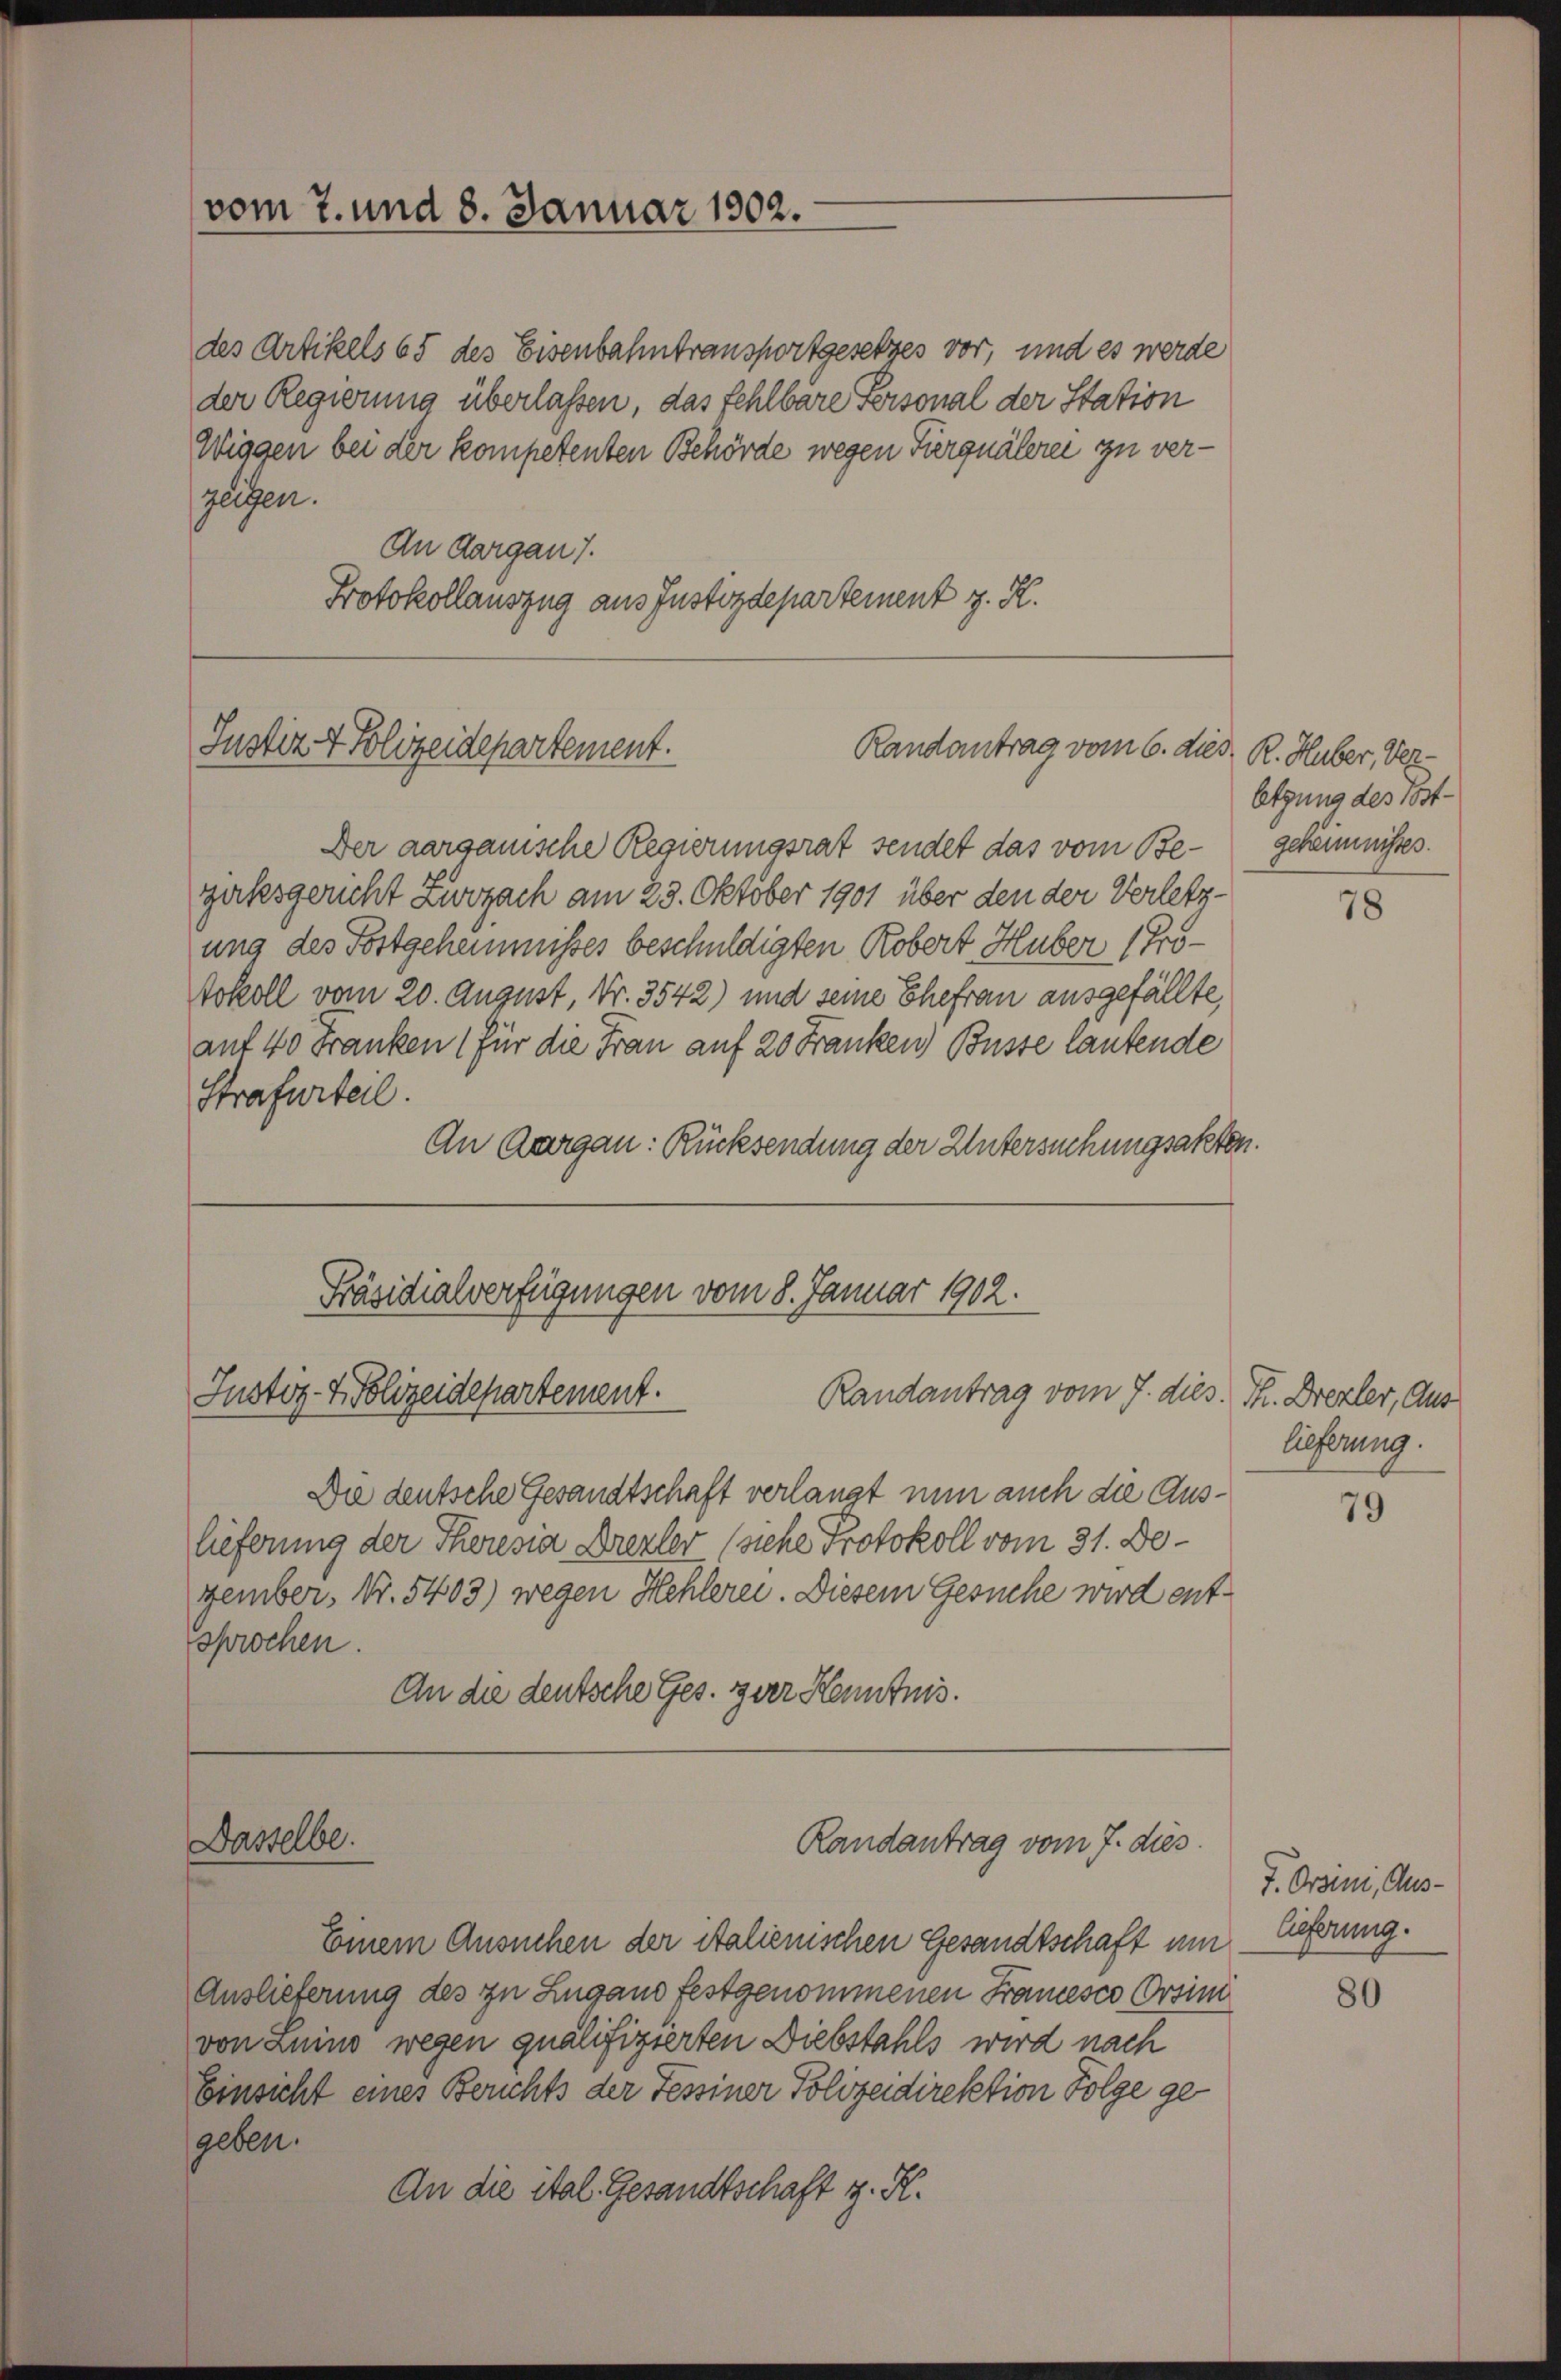
des Artikels 65 des Eisenbahntransportgesetzes vor, und es werde
der Regierung überlassen, das fehlbare Personal der Station
Wiggen bei der kompetenten Behörde wegen Furquälerei zu verzeigen.
An Aargau).
Protokollauszug aus Justizdepartement z. K.

vom 7. und 8. Januar 1902.

Justiz & Polizeidepartement.
Randantrag vom 6.

Präsidialverfügungen vom 8. Januar 1902.
Justiz- & Polizeidepartement.
Randantrag vom 7. dies. P. Drezler, Aus

Dasselbe.

Der aargauische Regierungsrat sendet das vom Be- gekannnisses.
gaksgericht Zurzach am 23. Oktober 1901 über den der Verletzung des Fortgeheimnisses beschuldigten Robert Huber, 1 Pro¬
Sokoll vom 20. August, Nr. 3542) und seine Ehefrau ausgefällte,
auf 40 Franken (für die Frau auf 20 Franken Busse lautende
Strafurteil.
An Aargau: Rücksendung der Untersuchungsakten.

Die deutsche Gesandtschaft verlangt nun auch die Auslieferung der Theresia Drezler (siehe Protokoll vom 31. Degember, Nr. 5403) wegen Hehlerei. Diesem Gesuche wird entsprochen.
An die deutsche Ges. zur Kenntnis.

Randantrag vom 7. dies

dies R. Huber, Ver
letzung des Post¬

Einem Ansuchen der italienischen Gesandtschaft um
Auslieferung des zu Zugano festgenommenen Francesco Orsin
von Luino wegen qualifizierten Diebstahls wird nach
Einsicht eines Berichts der Tessiner Polizeidirektion Folge gegeben.
An die ital. Gesandtschaft z. R.

78

lieferung.

79

J. Ordini, Aus-
lieferung.

80